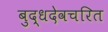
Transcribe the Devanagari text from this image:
बुद्धदेवचरित